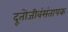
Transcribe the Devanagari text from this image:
दूतोजीवंसंतापक